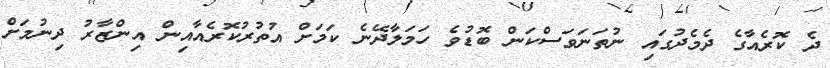
ދެ ކޮރެއާގެ ދެމެދުގައި ނުތަނަވަސްކަން ބޮޑުވެ ހަމަލާދޭނެ ކަމަށް އުތުރުކޮރެއާއިން އިންޒާރު ދިނުމަށް